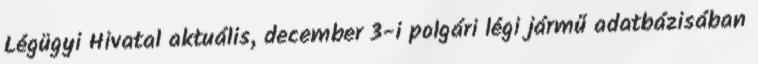
Légügyi Hivatal aktuális, december 3-i polgári légi jármű adatbázisában